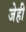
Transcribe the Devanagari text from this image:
जेही